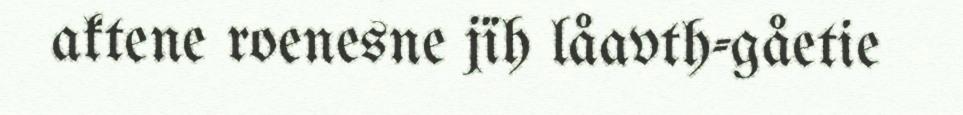
aktene roenesne jïh låavth-gåetie